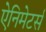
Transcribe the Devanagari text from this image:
ऐनिमेटर्स